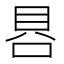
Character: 𰇩